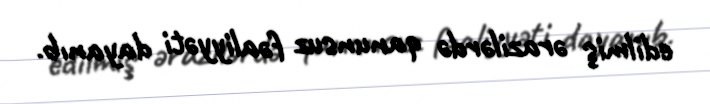
edilmiş ərazilərdə qanunsuz fəaliyyəti dayanıb.